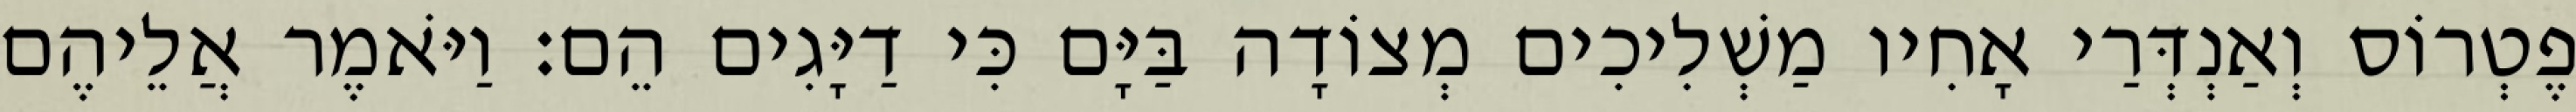
פֶטְרוֹס וְאַנְדְּרַי אָחִיו מַשְׁלִיכִים מְצוֹדָה בַּיָּם כִּי דַיָּגִים הֵם׃ וַיֹּאמֶר אֲלֵיהֶם